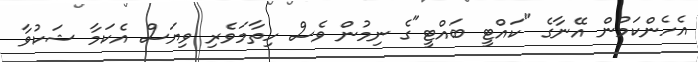
އެހެންކަމުން އޭނާގެ "ކައްޓީ ބައްޓީ"ގެ ނިމުން ވެސް ހިތާމަވެރި ވިޔަސް އެކަމާ ޝަކުވާ